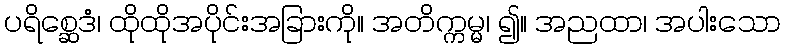
ပရိစ္ဆေဒံ၊ ထိုထိုအပိုင်းအခြားကို။ အတိက္ကမ္မ၊ ၍။ အညထာ၊ အပါးသော